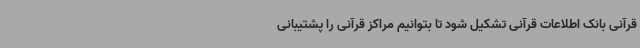
قرآنی بانک اطلاعات قرآنی تشکیل شود تا بتوانیم مراکز قرآنی را پشتیبانی